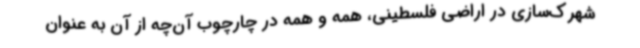
شهرک‌سازی در اراضی فلسطینی، همه و همه در چارچوب آن‌چه از آن به عنوان